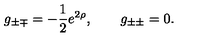
g _ { \pm \mp } = - \frac 1 2 e ^ { 2 \rho } , \qquad g _ { \pm \pm } = 0 .